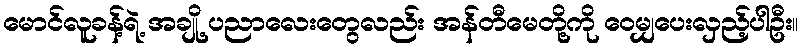
မောင်လူခန့်ရဲ့ အချို့ ပညာလေးတွေလည်း အန်တီမေတို့ကို ဝေမျှပေးလှည့်ပါဦး။